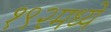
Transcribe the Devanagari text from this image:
१९२मध्ये